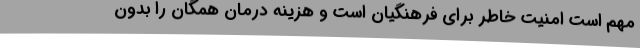
مهم است امنیت خاطر برای فرهنگیان است و هزینه درمان همگان را بدون